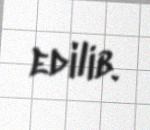
edilib.